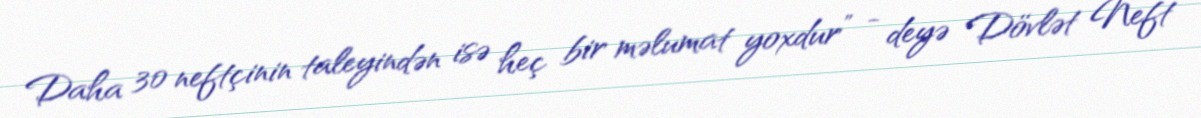
Daha 30 neftçinin taleyindən isə heç bir məlumat yoxdur” - deyə Dövlət Neft